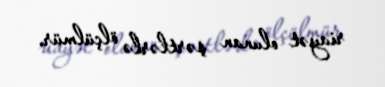
riayət olunan şərtlərlə ölçülmür.